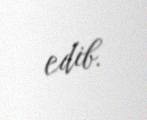
edib.